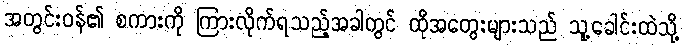
အတွင်းဝန်၏ စကားကို ကြားလိုက်ရသည့်အခါတွင် ထိုအတွေးများသည် သူ့ခေါင်းထဲသို့